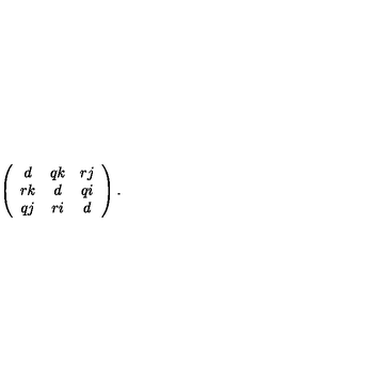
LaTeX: \left( \begin{array} { c c c } { d } & { q k } & { r j } \\ { r k } & { d } & { q i } \\ { q j } & { r i } & { d } \\ \end{array} \right) .